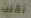
تقلب